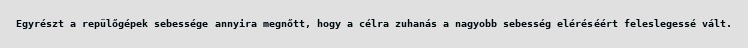
Egyrészt a repülőgépek sebessége annyira megnőtt, hogy a célra zuhanás a nagyobb sebesség eléréséért feleslegessé vált.